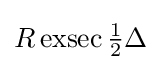
R\operatorname {exsec} {\tfrac {1}{2}}\Delta